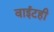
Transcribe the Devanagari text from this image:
वाईटही